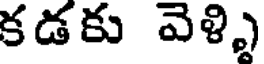
కడకు వెళ్ళి